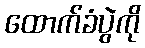
ထောက်ခံပွဲကို